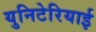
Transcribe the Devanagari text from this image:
युनिटेरियाई